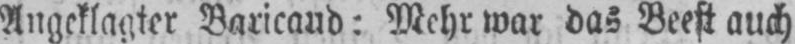
Angeklagter Baricaud: Mehr war das Beest auch